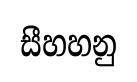
සීහහනු